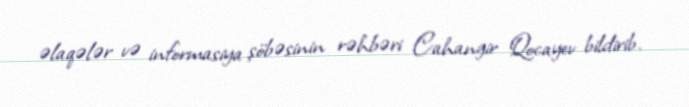
əlaqələr və informasiya şöbəsinin rəhbəri Cahangir Qocayev bildirib.